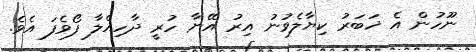
ނޫހުން އެ ޚަބަރު ކިޔާލެވުނު އިރު އޭނާ ހުރީ ދާހިއްލާ ފޯވެފަ އެވެ.